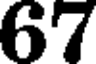
67